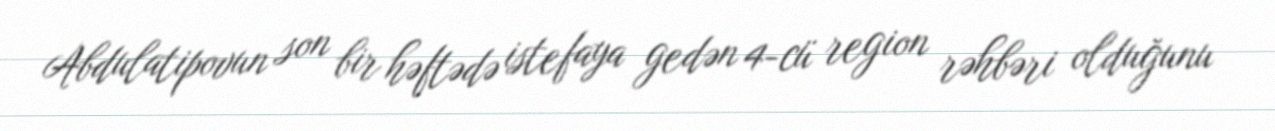
Abdulatipovun son bir həftədə istefaya gedən 4-cü region rəhbəri olduğunu